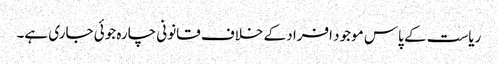
ریاست کے پاس موجود افراد کے خلاف قانونی چارہ جوئی جاری ہے۔